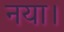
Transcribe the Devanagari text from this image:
नया।